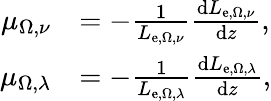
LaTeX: {\begin{array}{rl}{\mu_{\Omega,\nu}}&{=-{\frac{1}{L_{\mathrm{e},\Omega,\nu}}}{\frac{\mathrm{d}L_{\mathrm{e},\Omega,\nu}}{\mathrm{d}z}},}\\ {\mu_{\Omega,\lambda}}&{=-{\frac{1}{L_{\mathrm{e},\Omega,\lambda}}}{\frac{\mathrm{d}L_{\mathrm{e},\Omega,\lambda}}{\mathrm{d}z}},}\end{array}}